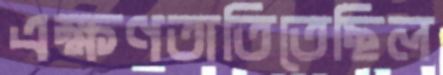
এক্ষণতাতিতেছিল